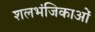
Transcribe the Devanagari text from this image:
शलभंजिकाओं